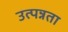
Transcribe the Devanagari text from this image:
उत्पन्नता